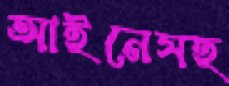
আইনেসহ